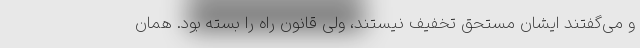
و می‌گفتند ایشان مستحق تخفیف نیستند، ولی قانون راه را بسته بود. همان